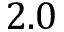
2 . 0